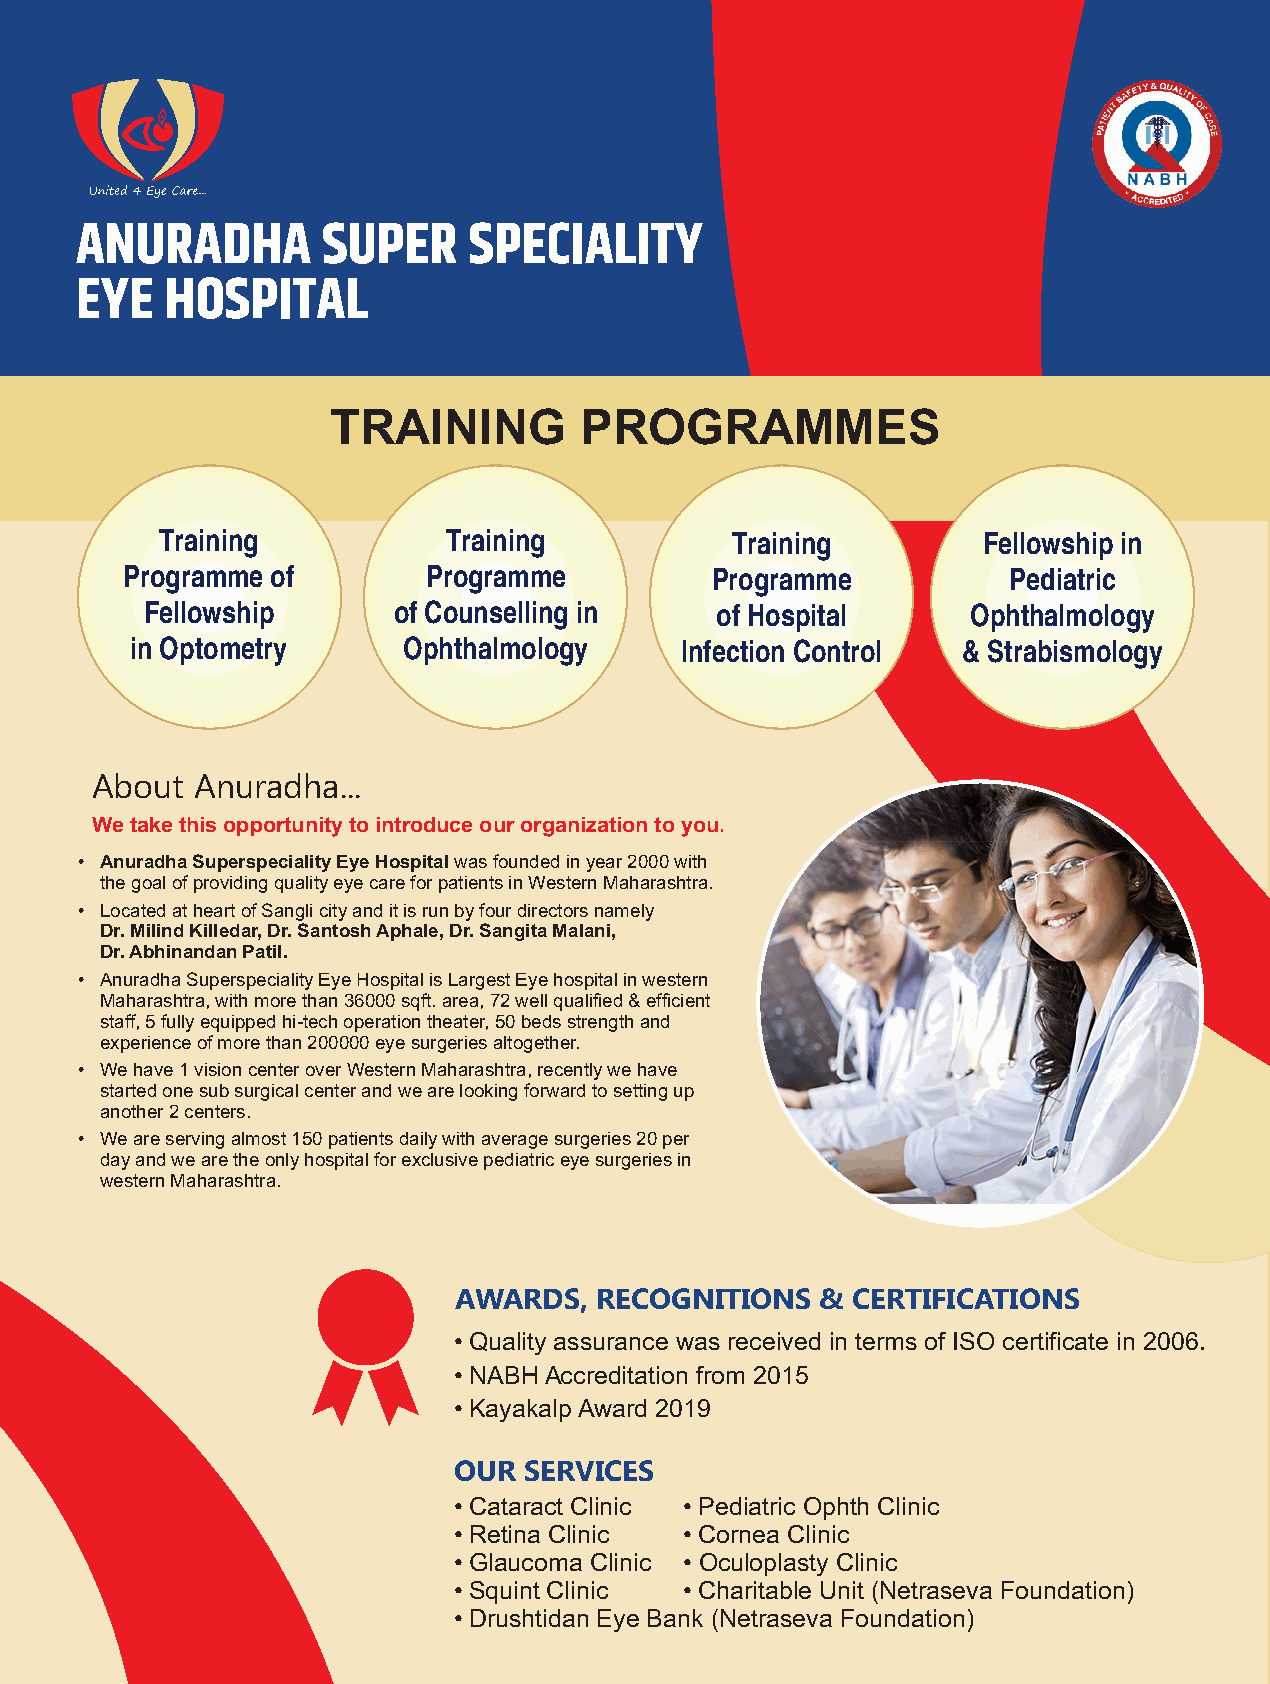
ANURADHA        SUPER     SPECIALITY
 EYE   HOSPITAL
 TRAINING        PROGRAMMES
 Training           Training          Training         Fellowship in
 Programme of        Programme          Programme           Pediatric
 Fellowship      of Counselling in    of Hospital      Ophthalmology
 in Optometry      Ophthalmology     Infection Control  & Strabismology
 About  Anuradha...
 We take this opportunity to introduce our organization to you.
 • Anuradha Superspeciality Eye Hospital was founded in year 2000 with
 the goal of providing quality eye care for patients in Western Maharashtra.
 • Located at heart of Sangli city and it is run by four directors namely
 Dr. Milind Killedar, Dr. Santosh Aphale, Dr. Sangita Malani,
 Dr. Abhinandan Patil.
 • Anuradha Superspeciality Eye Hospital is Largest Eye hospital in western
 Maharashtra, with more than 36000 sqft. area, 72 well qualied & efcient
 staff, 5 fully equipped hi-tech operation theater, 50 beds strength and
 experience of more than 200000 eye surgeries altogether.
 • We have 1 vision center over Western Maharashtra, recently we have
 started one sub surgical center and we are looking forward to setting up
 another 2 centers.
 • We are serving almost 150 patients daily with average surgeries 20 per
 day and we are the only hospital for exclusive pediatric eye surgeries in
 western Maharashtra.
 AWARDS,  RECOGNITIONS   & CERTIFICATIONS
 • Quality assurance was received in terms of ISO certicate in 2006.
 • NABH Accreditation from 2015
 • Kayakalp Award 2019
 OUR  SERVICES
 • Cataract Clinic • Pediatric Ophth Clinic
 • Retina Clinic • Cornea Clinic
 • Glaucoma Clinic • Oculoplasty Clinic
 • Squint Clinic • Charitable Unit (Netraseva Foundation)
 • Drushtidan Eye Bank (Netraseva Foundation)